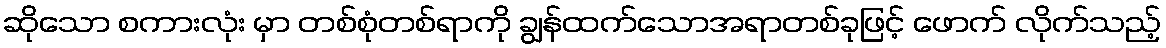
ဆိုသော စကားလုံး မှာ တစ်စုံတစ်ရာကို ချွန်ထက်သောအရာတစ်ခုဖြင့် ဖောက် လိုက်သည့်